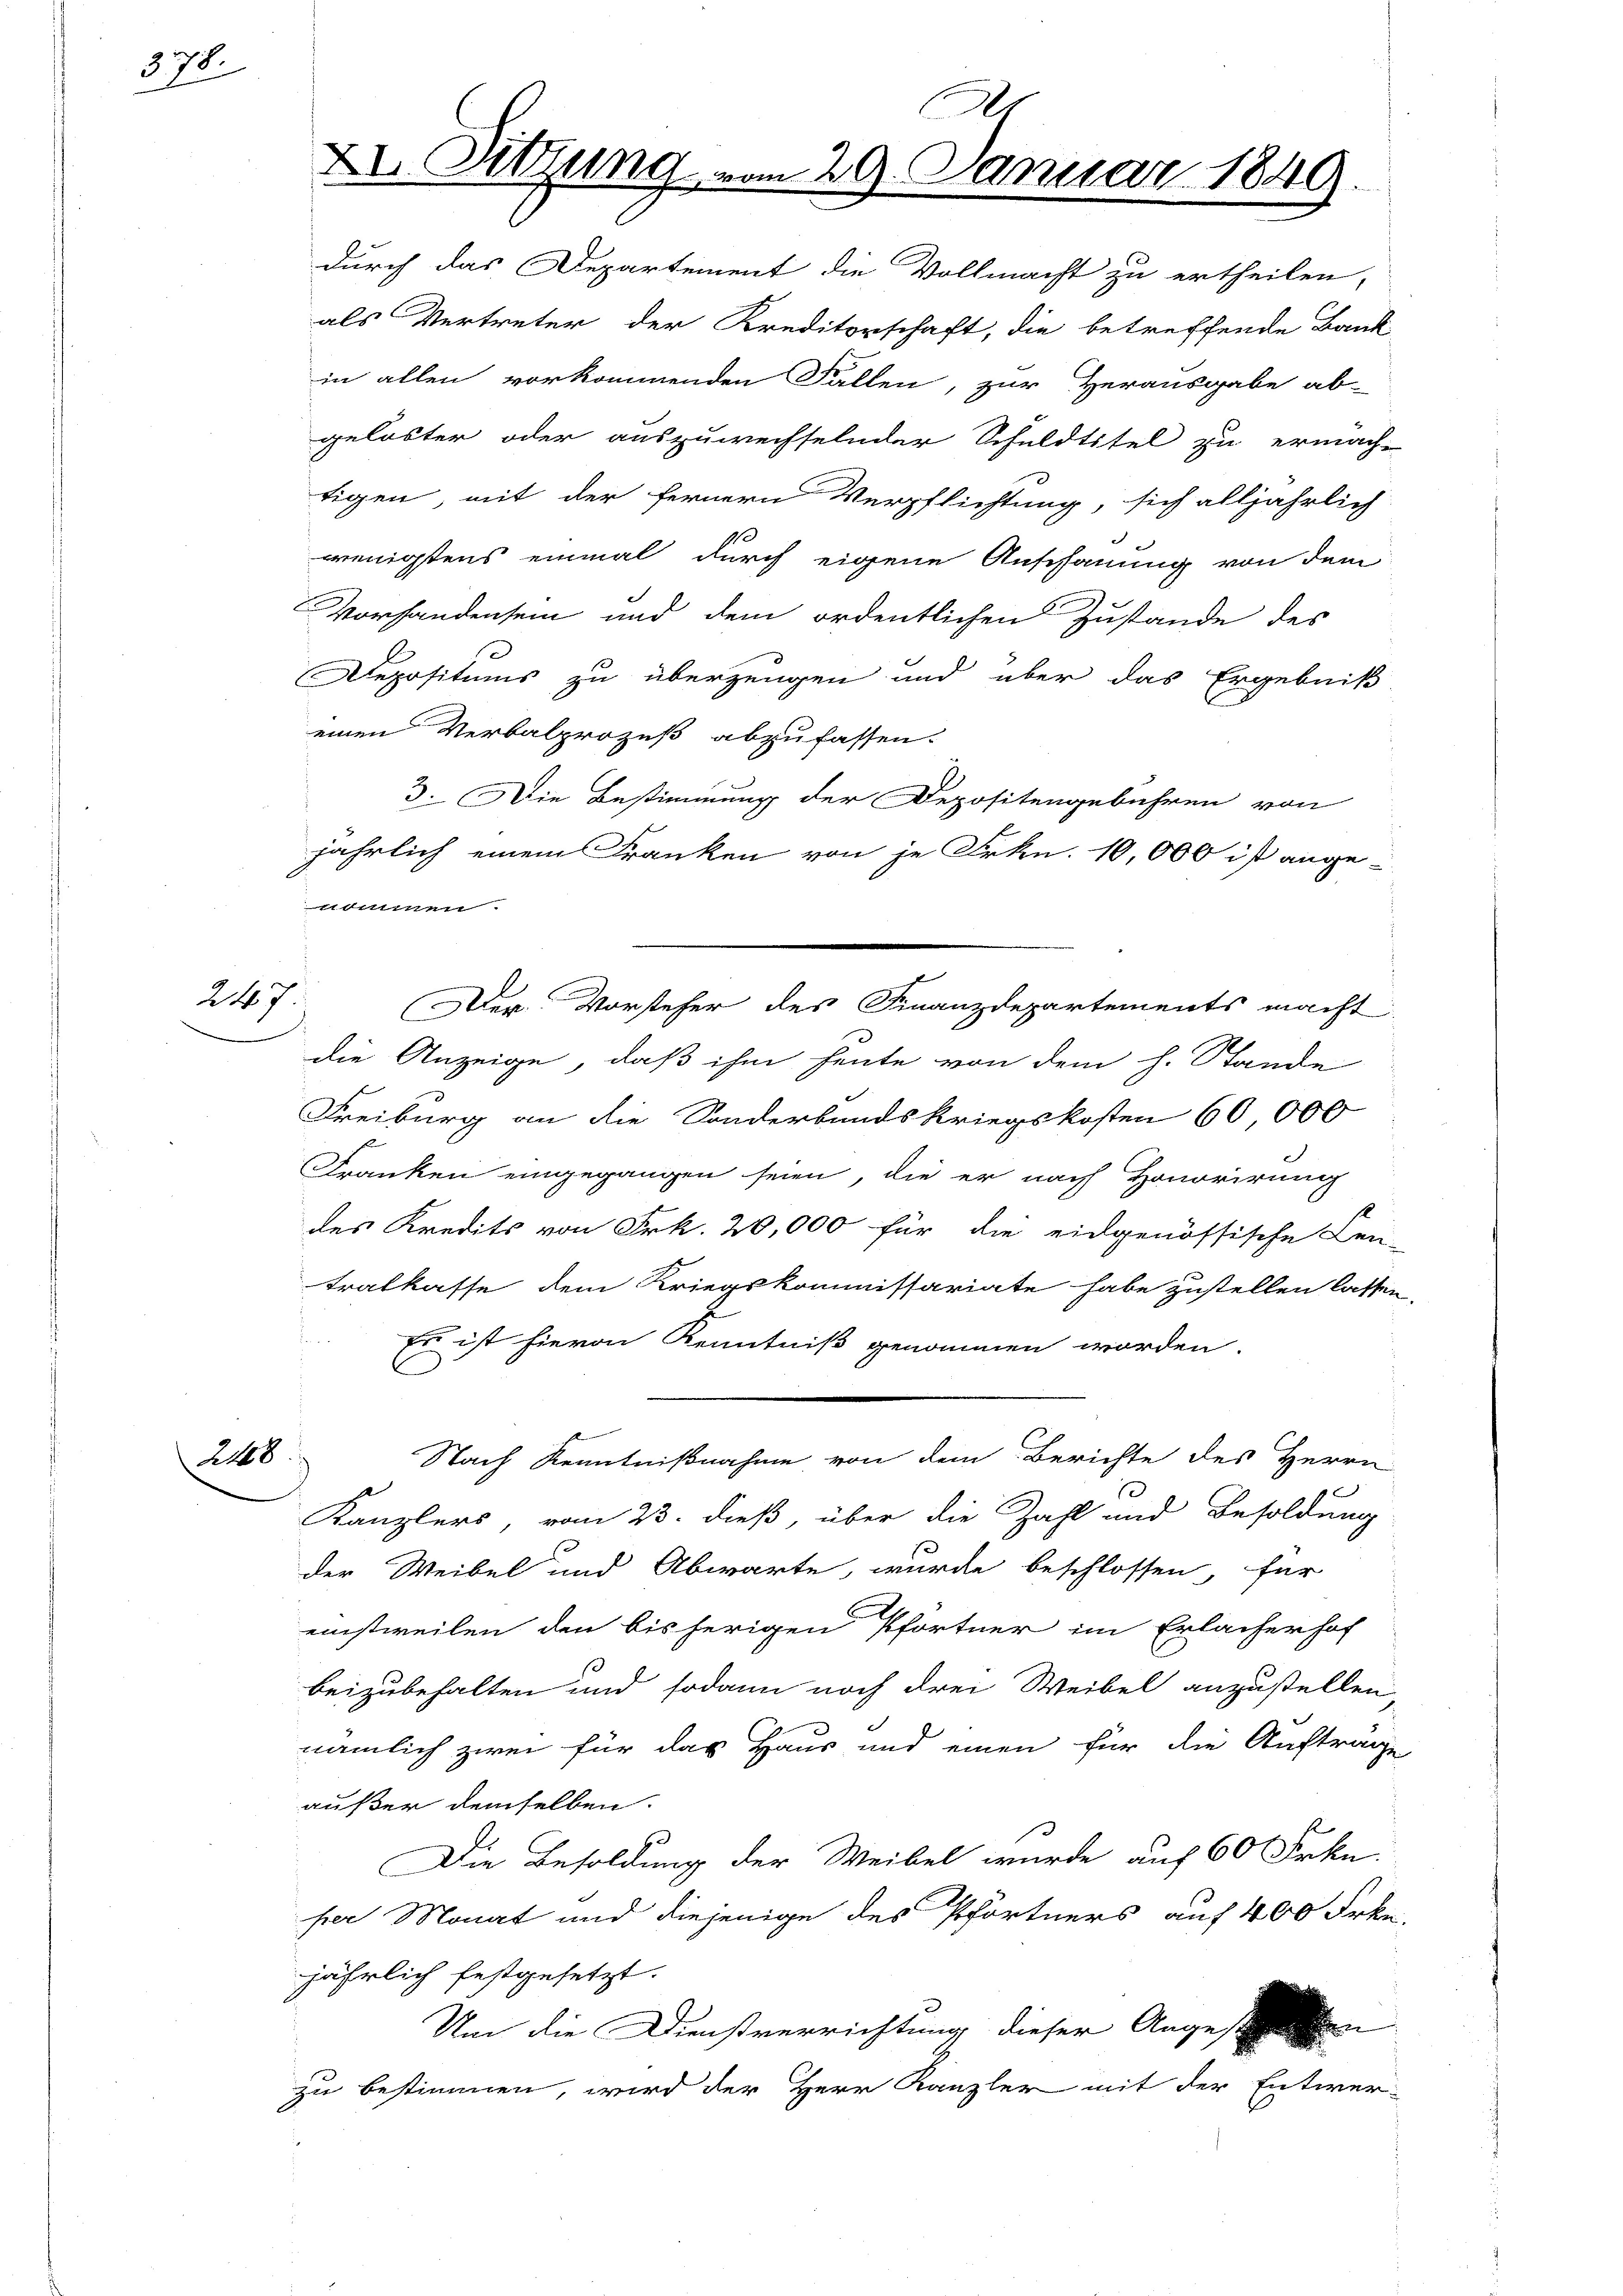
378.

247

248

A
XI. Sitzung vom 29. Januar 1849.

durch das Departement die Vollmacht zu ertheilen,
als Vertreter der Kreditorschaft, die betreffende Bank
in allen vorkommenden Fallen, zur Herausgabe ab-
gelöster oder auszuwechselnder Schuldtitel zu ermach-
tigen, mit der fernern Verpflichtung, sich alljährlich
1
wenigstens einmal durch eigene Anschauung von dem
Vorhandensein und dem ordentlichen Zustande des
Depositums zu überzeugen und über das Ergebniß
einen Verbalprozeß abzufassen.
3. Die Bestimmung der Depositengebühren von
jährlich einem Franken von je Frkn. 10,000 ist ange-
nommen.
die Anzeige, daß ihm heute von dem h. Stande
Freiburg an die Sonderbandskriegskosten 60 000
Franken eingegangen seien, die er nach Honorirung
des Kredits von Frk. 20,000 für die eidgenössische Cen-
tralkasse dem Kriegskommissariate habe zustellen lassen
Es ist hievon Kenntniß genommen worden.
Nach Kenntnißnahme von dem Berichte des Herrn
Kanzlers, vom 23. dieß, über die Zahl und Besoldung
der Weibel und Abwarte, wurde beschlossen, für
einstweilen den bisherigen Pfortner im Erlacherhof
beizubehalten und sodann noch drei Weibel anzustellen,
nämlich zwei für das Haus und einen für die Auftrage
außer demselben.
Die Besoldung der Weibel wurde auf 60 Frkn.
per Monat und diejenige des Pförtners auf 400 Frkn.
jährlich festgesetzt.
Um die Dienstverrichtung dieser Angeschen
zu bestimmen, wird der Herr Kanzler mit der Entwer-

Der Vorsteher des Finanzdepartements macht